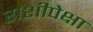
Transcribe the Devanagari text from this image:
राशीपेक्षा